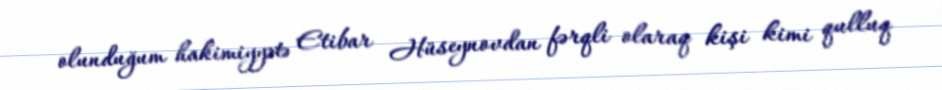
olunduğum hakimiyyətə Etibar Hüseynovdan fərqli olaraq kişi kimi qulluq